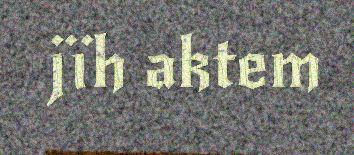
jïh aktem